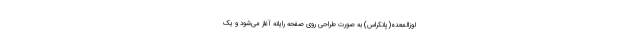
لوزالمعده(پانکراس) به صورت طراحی روی صفحه رایانه آغاز می‌شود و یک